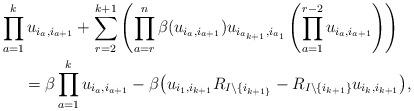
LaTeX: \begin{gather*} \prod_{a=1}^{k} u_{i_{a},i_{a+1}} +\sum_{r=2}^{k+1} \left( \prod_{a=r}^{n} \beta (u_{i_{a},i_{a+1}}) u_{i_{a_{k+1}},i_{a_{1}}} \left( \prod_{a=1}^{r-2}u_{i_{a},i_{a+1}}\right)\right)\\\qquad{} = \beta \prod_{a=1}^{k} u_{i_{a},i_{a+1}} - \beta \big( u_{i_{1},i_{k+1}} R_{ I{\setminus} \{i_{k+1\}}} - R_{I{\setminus}\{i_{k+1}\}} u_{i_{k},i_{k+1}} \big), \end{gather*}